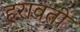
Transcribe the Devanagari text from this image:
हरावती